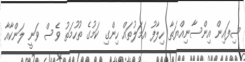
ސިފައިން އިންސާނިއްޔަތާ ހިލާފު އަމަލުތައް ހިންގި ކަމުގެ ތުހުމަތު ވެސް ވަނީ ލަންކާއާ